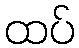
ထပ်